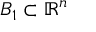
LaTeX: B _ { 1 } \subset \mathbb { R } ^ { n }